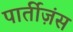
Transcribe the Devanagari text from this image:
पार्तीज़ंस